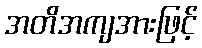
အတိအကျအားဖြင့်